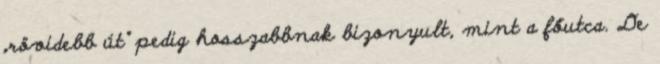
„rövidebb út” pedig hosszabbnak bizonyult, mint a főutca. De